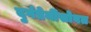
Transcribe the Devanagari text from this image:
दुर्गप्रेमींसोबत